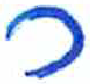
אות: כ